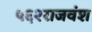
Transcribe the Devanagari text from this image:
५६२राजवंश